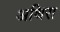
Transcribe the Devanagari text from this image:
अथिरा